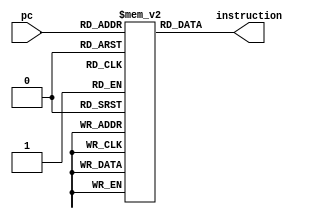
module instructionmemory(
input [9:0]pc,
output reg [22:0]instruction
);


reg [22:0] memoria [0:1023];
integer i;
initial begin
	//	for(i = 0; i <= 1023; i = i+1) memoria[i] = 23'b0_0_00_0000_0000_0000_0000;
	// WRITE_BURST(XXX)_SEL_ADDR(XX_XXXX_XXXX)_DATA(XXXX_XXXX)
	// write : 2 clk
	//read: 5 clk
	   memoria[0]=23'b1_000_1_00_0000_0001_0000_0001;  //escreve 1 no addr 1 do slave 0
		memoria[1]=23'b0_000_1_00_0000_0001_0000_0000;  
		memoria[2]=23'b1_000_1_00_0000_0010_0000_0010; 	//escreve 2 no addr 2 do slave 0
		memoria[3]=23'b0_000_1_00_0000_0010_0000_0000;	
		memoria[4]=23'b1_000_1_00_0000_0011_0000_0011;	//escreve 3 no addr 3 do slave 0
		memoria[5]=23'b0_000_1_00_0000_0011_0000_0000;  
		memoria[6]=23'b1_000_1_00_0000_0100_0000_0100;	//escreve 4 no addr 4 do slave 0
		memoria[7]=23'b0_000_1_00_0000_0100_0000_0000;  
		memoria[8]=23'b1_000_1_00_0000_0101_0000_0101;	//escreve 5 no addr 5 do slave 0
		memoria[9]=23'b0_000_1_00_0000_0101_0000_0000;	
		memoria[10]=23'b1_000_1_00_0000_0110_0000_0110;	//escreve 6 no addr 6 do slave 0
		memoria[11]=23'b0_000_1_00_0000_0110_0000_0000;	
		memoria[12]=23'b1_000_1_00_0000_0111_0000_0111;	
		memoria[13]=23'b0_000_1_00_0000_0111_0000_0000; 
		memoria[14]=23'b1_000_1_00_0000_1000_0000_1000;	
		memoria[15]=23'b0_000_1_00_0000_1000_0000_0000; 	
		memoria[16]=23'b1_000_1_00_0000_1001_0000_1001;	
		memoria[17]=23'b0_000_1_00_0000_1001_0000_0000;

		memoria[18]=23'b1_000_0_00_0000_0001_0000_0011;  
		memoria[19]=23'b0_000_0_00_0000_0001_0000_0000;  
		memoria[20]=23'b1_000_0_00_0000_0010_0000_0100; 	
		memoria[21]=23'b0_000_0_00_0000_0010_0000_0000;	
		memoria[22]=23'b1_000_0_00_0000_0011_0000_0101;	
		memoria[23]=23'b0_000_0_00_0000_0011_0000_0000;  
		memoria[24]=23'b1_000_0_00_0000_0100_0000_0110;	
		memoria[25]=23'b0_000_0_00_0000_0100_0000_0000;  
		memoria[26]=23'b1_000_0_00_0000_0101_0000_0111;	
		memoria[27]=23'b0_000_0_00_0000_0101_0000_0000;	
		memoria[28]=23'b1_000_0_00_0000_0110_0000_1000;	
		memoria[29]=23'b0_000_0_00_0000_0110_0000_0000;	
		memoria[30]=23'b1_000_0_00_0000_0111_0000_1001;	
		memoria[31]=23'b0_000_0_00_0000_0111_0000_0000; 
		memoria[32]=23'b1_000_0_00_0000_1000_0000_1010;	
		memoria[33]=23'b0_000_0_00_0000_1000_0000_0000; 	
		memoria[34]=23'b1_000_0_00_0000_1001_0000_1011;	
		memoria[35]=23'b0_000_0_00_0000_1000_0000_0000;
	
	
end


always @(pc) begin

instruction = memoria[pc];

end







endmodule